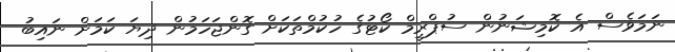
ނަމަވެސް އެ ކޮމިޝަނުން ސުޕްރީމް ކޯޓުގެ ހުކުމްތަކަށް ގޮންޖަހަމުން ދިޔަ ކަމަށް ނައިބު